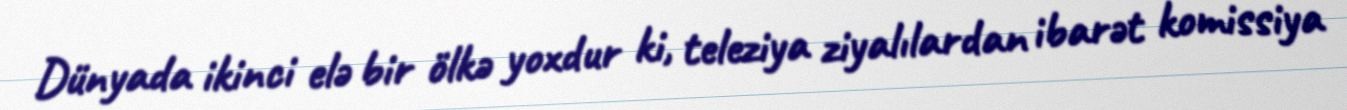
Dünyada ikinci elə bir ölkə yoxdur ki, teleziya ziyalılardan ibarət komissiya